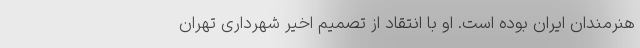
هنرمندان ایران بوده است. او با انتقاد از تصمیم اخیر شهرداری تهران